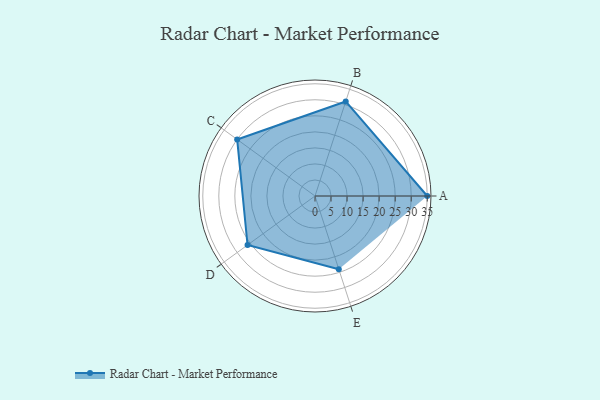
{"axis": {"x": "Skill", "y": "Score"}, "legend": ["Profile"], "data": [{"x": "A", "y": 35.0, "type": "Profile"}, {"x": "B", "y": 31.0, "type": "Profile"}, {"x": "C", "y": 30.0, "type": "Profile"}, {"x": "D", "y": 26.0, "type": "Profile"}, {"x": "E", "y": 24.0, "type": "Profile"}]}